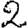
Digit: 2